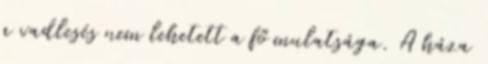
a vadlesés nem lehetett a fő mulatsága. A háza